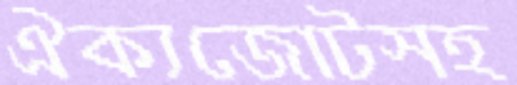
ঐক্যজোটসহ